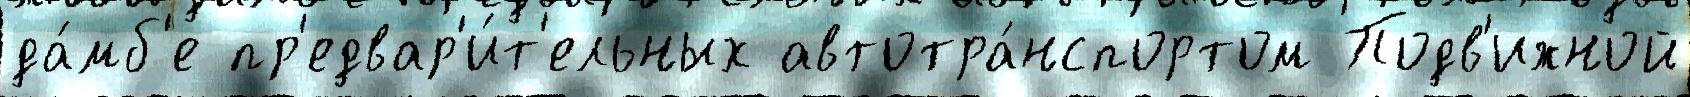
да́мб'е пр'едвар'и́т'ельных автотра́нспортом Подв'ижной